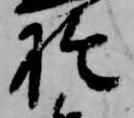
於